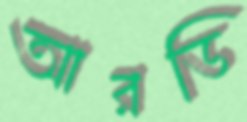
আরডি